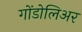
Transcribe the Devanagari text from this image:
गोंडोलिअर